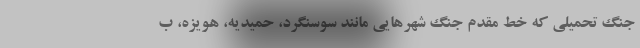
جنگ تحمیلی که خط مقدم جنگ شهرهایی مانند سوسنگرد، حمیدیه، هویزه، ب